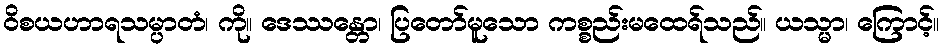
ဝိစယဟာရသမ္ပာတံ၊ ကို။ ဒေဿန္တော၊ ပြတော်မူသော ကစ္စည်းမထေရ်သည်။ ယသ္မာ၊ ကြောင့်။